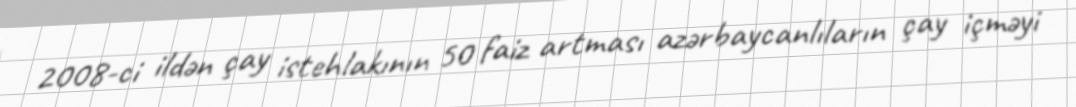
2008-ci ildən çay istehlakının 50 faiz artması azərbaycanlıların çay içməyi